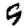
Digit: 9